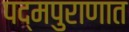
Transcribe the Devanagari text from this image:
पद्मपुराणात